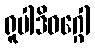
ရူပါဒိဝဂ္ဂေါ